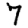
Digit: 7